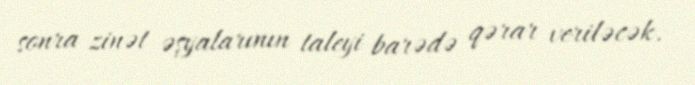
sonra zinət əşyalarının taleyi barədə qərar veriləcək.